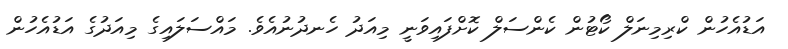
އަޑުއެހުން ކްރިމިނަލް ކޯޓުން ކެންސަލް ކޮށްފައިވަނީ މިއަދު ހެނދުނުއެވެ. މައްސަލައިގެ މިއަދުގެ އަޑުއެހުން